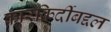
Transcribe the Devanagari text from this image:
कारकिर्दीबद्दल